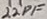
Text: 22PF